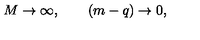
M \rightarrow \infty , \qquad ( m - q ) \rightarrow 0 ,